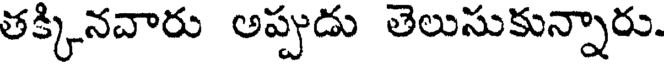
తక్కినవారు అప్పుడు తెలుసుకున్నారు.